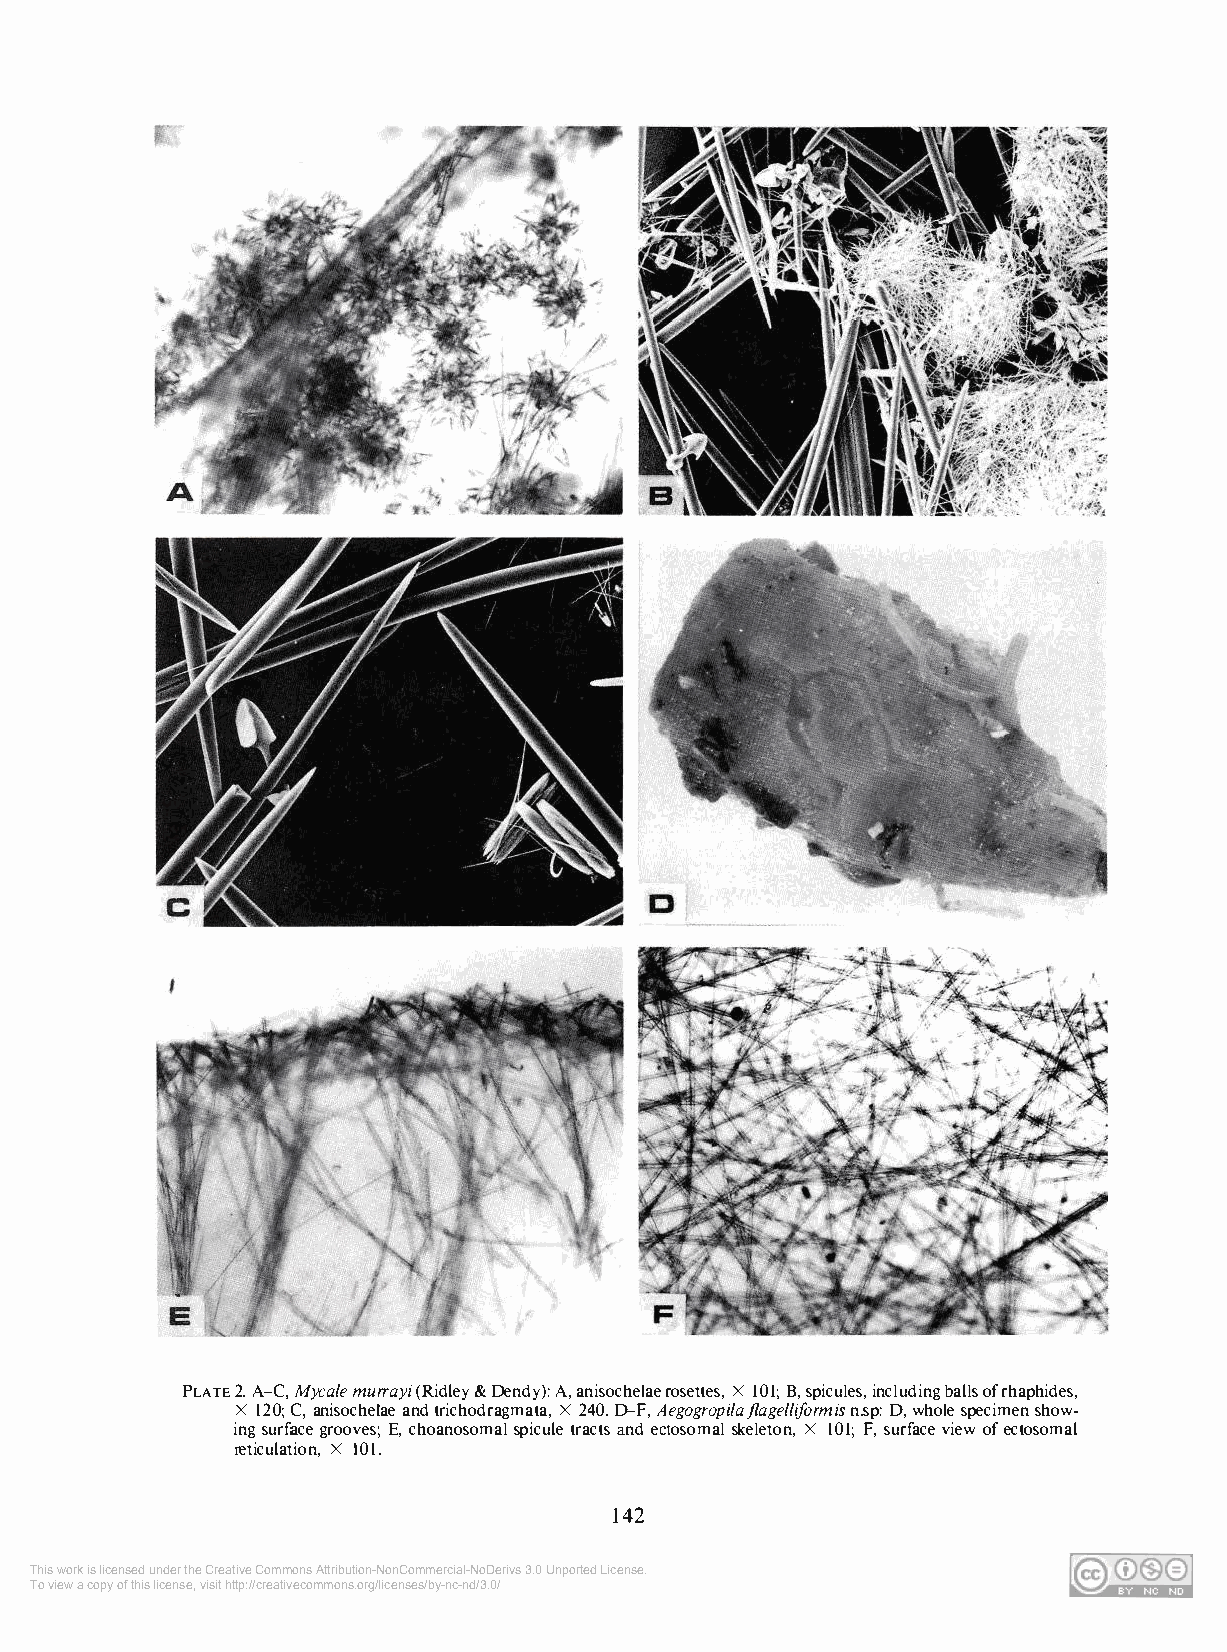
PLATE 2. A-C, Mycale murrayi (Ridley & Dendy): A, anisochelae rosettes, X 101; B, spicules, including balls ofrhaphides,
 X 120; C, anisochelae and trichodragmata, X 240. D-F, Aegogropi!ajlagelliformis n.sp: D, whole specimen show­
 ing surface grooves; E, choanosomal spicule tracts and ectosomal skeleton, X 101; F, surface view of ectosomal
 reticulation, X 10 I.
 142
 This work is licensed under the Creative Commons Attribution-NonCommercial-NoDerivs 3.0 Unported License.
 To view a copy of this license, visit http://creativecommons.org/licenses/by-nc-nd/3.0/